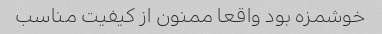
خوشمزه بود واقعا ممنون از کیفیت مناسب